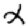
Digit: 2